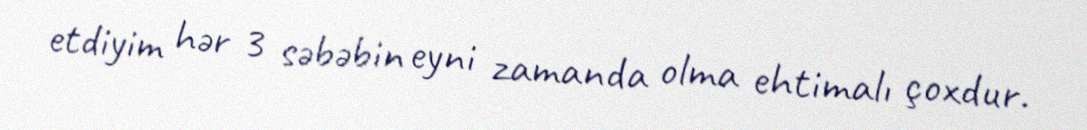
etdiyim hər 3 səbəbin eyni zamanda olma ehtimalı çoxdur.